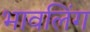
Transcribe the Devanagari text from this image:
भावलिंग